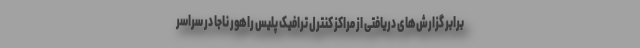
برابر گزارش‌های دریافتی از مراکز کنترل ترافیک پلیس راهور ناجا در سراسر